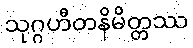
သုဂ္ဂဟီတနိမိတ္တဿ